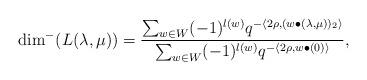
LaTeX: \begin{align*} \dim^-(L(\lambda,\mu))=\frac { \sum_{w\in W}(-1)^{l(w)} q^{-\langle 2\rho,(w\bullet(\lambda,\mu))_2\rangle} } { \sum_{w\in W}(-1)^{l(w)}q^{-\langle 2\rho,w\bullet(0)\rangle} },\end{align*}